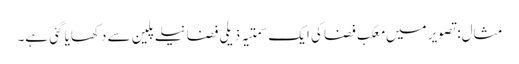
مثال: تصویر میں معکب فضا کی ایک سمتیہ ذیلی فضا نیلے پلین سے دکھایا گئی ہے۔